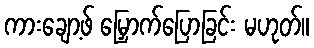
ကားချော့ဖ် မြှောက်ပြောခြင်း မဟုတ်။